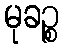
မုခဉ္စ